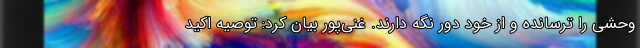
وحشی را ترسانده و از خود دور نگه دارند. غنی‌پور بیان کرد: توصیه اکید